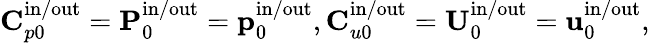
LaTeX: \mathbf{C}_{p0}^{\mathrm{in}/\mathrm{out}}=\mathbf{P}_{0}^{\mathrm{in}/\mathrm{out}}=\mathbf{p}_{0}^{\mathrm{in}/\mathrm{out}},\mathbf{C}_{u0}^{\mathrm{in}/\mathrm{out}}=\mathbf{U}_{0}^{\mathrm{in}/\mathrm{out}}=\mathbf{u}_{0}^{\mathrm{in}/\mathrm{out}},